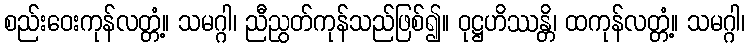
စည်းဝေးကုန်လတ္တံ့။ သမဂ္ဂါ၊ ညီညွတ်ကုန်သည်ဖြစ်၍။ ဝုဋ္ဌဟိဿန္တိ၊ ထကုန်လတ္တံ့။ သမဂ္ဂါ၊